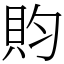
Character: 䝧